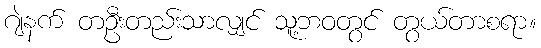
ဂျဲနက် တဦးတည်းသာလျှင် သူ့ဘဝတွင် တွယ်တာစရာ။